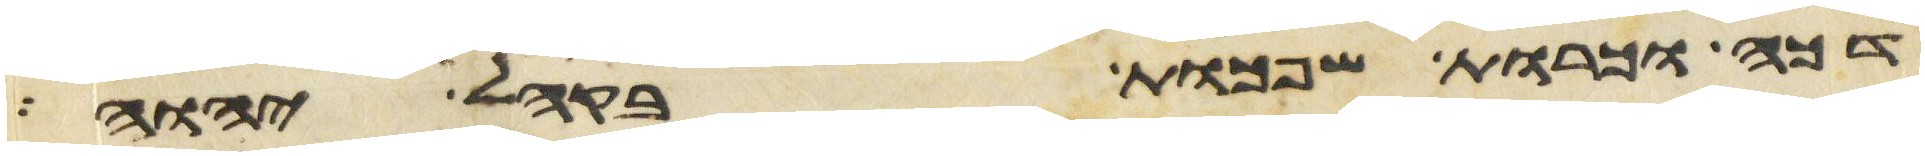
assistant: דכה וכרות שפכת בקהל יהוה